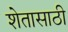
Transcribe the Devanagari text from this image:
शेतासाठी